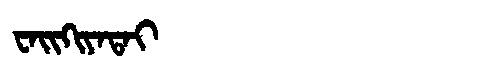
Manchu: ᠸᠠᡳᡴᡳᠶᠠᡨᠠᡳ
Romanization: WAIKIYATAI